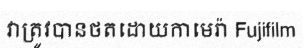
វាត្រូវបានថតដោយកាមេរ៉ា Fujifilm